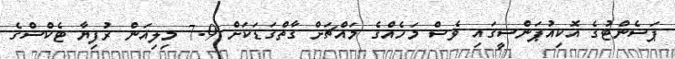
ޕަސެންޓުގެ އޮކިއުޕަންސީގައި ވެސް މަހެއްގެ މައްޗަށް ގާތްގަޑަކަށް 7.9 މިލިއަން ރުފިޔާ ޓެކްސްގެ